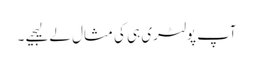
آپ پولٹری ہی کی مثال لے لیجیے ۔